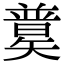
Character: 𥐄